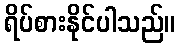
ရိပ်စားနိုင်ပါသည်။